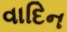
વાદિન